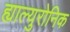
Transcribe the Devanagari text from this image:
ह्याल्युरोनिक